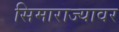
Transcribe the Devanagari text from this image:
सिमाराज्यावर